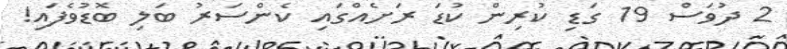
2 ދުވަސް 19 ގަޑި ކުރިން ކުޑަ ރަށެއްގައި ކެންސަރު ބަލި ބޮޑުވެފައި!